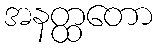
အနတ္ထတော